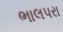
ભાલપરા